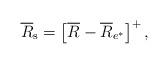
LaTeX: \begin{align*}{{\overline{R}}_\mathrm{s}} = \left[{\overline{R}}-{\overline{R}}_{e^{*}}\right]^+,\end{align*}